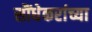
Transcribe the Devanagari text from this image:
सौंधेकरांच्या